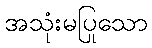
အသုံးမပြုသော